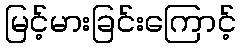
မြင့်မားခြင်းကြောင့်